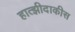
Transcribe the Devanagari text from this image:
हात्झीदाकीस